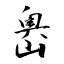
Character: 嶴